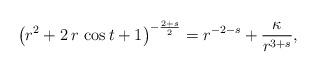
LaTeX: \begin{align*}\left( {r}^{2}+2\,r\,\cos t+1\right)^{-\frac{2+s}{2}}=r^{-2-s} +\frac{\kappa}{r^{3+s}},\end{align*}